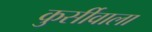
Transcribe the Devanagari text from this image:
कुर्सीवाला